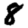
Digit: 8